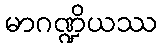
မာဂဏ္ဍိယဿ